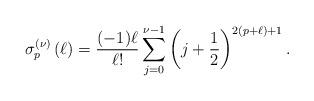
LaTeX: \begin{align*}\sigma _{p}^{\left( \nu \right) }\left( \ell \right) =\frac{(-1)\ell }{\ell !}\sum\limits_{j=0}^{\nu -1}\left( j+\frac{1}{2}\right) ^{2(p+\ell )+1}. \end{align*}